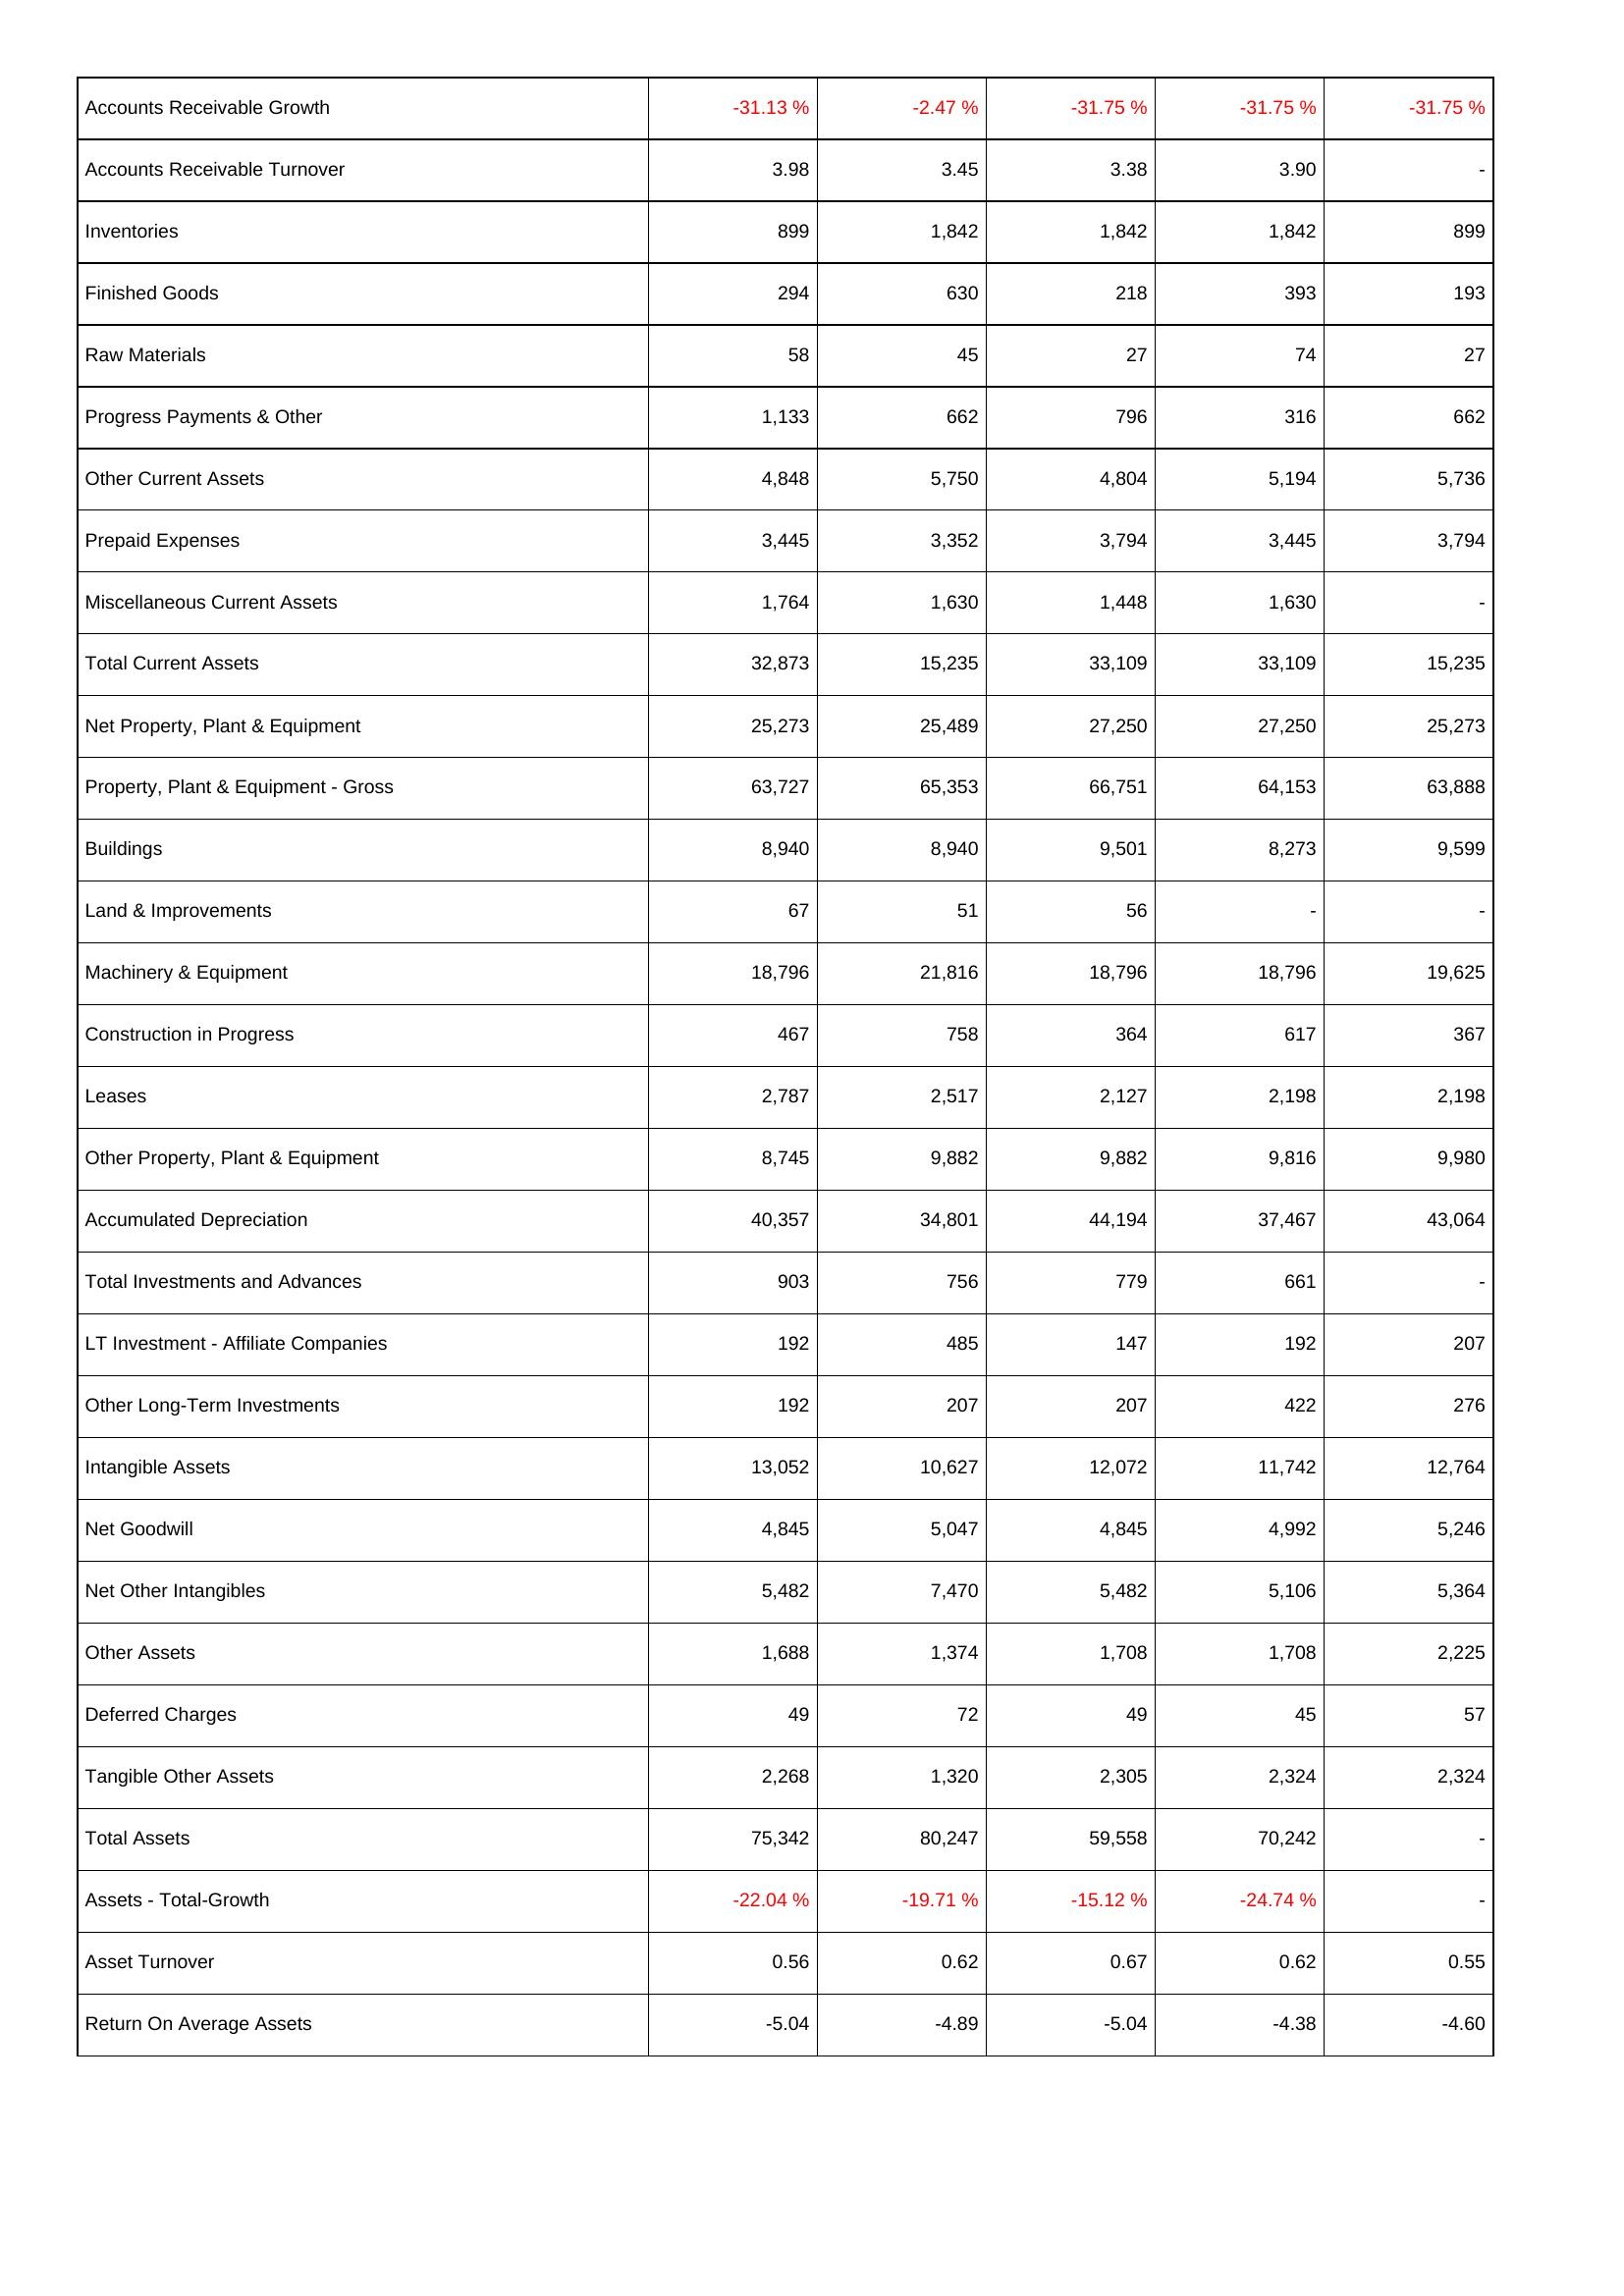
2021: Assets: Accounts Receivable Growth: -31.13 %
Accounts Receivable Turnover: 3.98
Inventories: 899
Finished Goods: 294
Raw Materials: 58
Progress Payments & Other: 1,133
Other Current Assets: 4,848
Prepaid Expenses: 3,445
Miscellaneous Current Assets: 1,764
Total Current Assets: 32,873
Net Property, Plant & Equipment: 25,273
Property, Plant & Equipment - Gross: 63,727
Buildings: 8,940
Land & Improvements: 67
Machinery & Equipment: 18,796
Construction in Progress: 467
Leases: 2,787
Other Property, Plant & Equipment: 8,745
Accumulated Depreciation: 40,357
Total Investments and Advances: 903
LT Investment - Affiliate Companies: 192
Other Long-Term Investments: 192
Intangible Assets: 13,052
Net Goodwill: 4,845
Net Other Intangibles: 5,482
Other Assets: 1,688
Deferred Charges: 49
Tangible Other Assets: 2,268
Total Assets: 75,342
Assets - Total-Growth: -22.04 %
Asset Turnover: 0.56
Return On Average Assets: -5.04
2020: Assets: Accounts Receivable Growth: -2.47 %
Accounts Receivable Turnover: 3.45
Inventories: 1,842
Finished Goods: 630
Raw Materials: 45
Progress Payments & Other: 662
Other Current Assets: 5,750
Prepaid Expenses: 3,352
Miscellaneous Current Assets: 1,630
Total Current Assets: 15,235
Net Property, Plant & Equipment: 25,489
Property, Plant & Equipment - Gross: 65,353
Buildings: 8,940
Land & Improvements: 51
Machinery & Equipment: 21,816
Construction in Progress: 758
Leases: 2,517
Other Property, Plant & Equipment: 9,882
Accumulated Depreciation: 34,801
Total Investments and Advances: 756
LT Investment - Affiliate Companies: 485
Other Long-Term Investments: 207
Intangible Assets: 10,627
Net Goodwill: 5,047
Net Other Intangibles: 7,470
Other Assets: 1,374
Deferred Charges: 72
Tangible Other Assets: 1,320
Total Assets: 80,247
Assets - Total-Growth: -19.71 %
Asset Turnover: 0.62
Return On Average Assets: -4.89
2019: Assets: Accounts Receivable Growth: -31.75 %
Accounts Receivable Turnover: 3.38
Inventories: 1,842
Finished Goods: 218
Raw Materials: 27
Progress Payments & Other: 796
Other Current Assets: 4,804
Prepaid Expenses: 3,794
Miscellaneous Current Assets: 1,448
Total Current Assets: 33,109
Net Property, Plant & Equipment: 27,250
Property, Plant & Equipment - Gross: 66,751
Buildings: 9,501
Land & Improvements: 56
Machinery & Equipment: 18,796
Construction in Progress: 364
Leases: 2,127
Other Property, Plant & Equipment: 9,882
Accumulated Depreciation: 44,194
Total Investments and Advances: 779
LT Investment - Affiliate Companies: 147
Other Long-Term Investments: 207
Intangible Assets: 12,072
Net Goodwill: 4,845
Net Other Intangibles: 5,482
Other Assets: 1,708
Deferred Charges: 49
Tangible Other Assets: 2,305
Total Assets: 59,558
Assets - Total-Growth: -15.12 %
Asset Turnover: 0.67
Return On Average Assets: -5.04
2018: Assets: Accounts Receivable Growth: -31.75 %
Accounts Receivable Turnover: 3.90
Inventories: 1,842
Finished Goods: 393
Raw Materials: 74
Progress Payments & Other: 316
Other Current Assets: 5,194
Prepaid Expenses: 3,445
Miscellaneous Current Assets: 1,630
Total Current Assets: 33,109
Net Property, Plant & Equipment: 27,250
Property, Plant & Equipment - Gross: 64,153
Buildings: 8,273
Land & Improvements: -
Machinery & Equipment: 18,796
Construction in Progress: 617
Leases: 2,198
Other Property, Plant & Equipment: 9,816
Accumulated Depreciation: 37,467
Total Investments and Advances: 661
LT Investment - Affiliate Companies: 192
Other Long-Term Investments: 422
Intangible Assets: 11,742
Net Goodwill: 4,992
Net Other Intangibles: 5,106
Other Assets: 1,708
Deferred Charges: 45
Tangible Other Assets: 2,324
Total Assets: 70,242
Assets - Total-Growth: -24.74 %
Asset Turnover: 0.62
Return On Average Assets: -4.38
2017: Assets: Accounts Receivable Growth: -31.75 %
Accounts Receivable Turnover: -
Inventories: 899
Finished Goods: 193
Raw Materials: 27
Progress Payments & Other: 662
Other Current Assets: 5,736
Prepaid Expenses: 3,794
Miscellaneous Current Assets: -
Total Current Assets: 15,235
Net Property, Plant & Equipment: 25,273
Property, Plant & Equipment - Gross: 63,888
Buildings: 9,599
Land & Improvements: -
Machinery & Equipment: 19,625
Construction in Progress: 367
Leases: 2,198
Other Property, Plant & Equipment: 9,980
Accumulated Depreciation: 43,064
Total Investments and Advances: -
LT Investment - Affiliate Companies: 207
Other Long-Term Investments: 276
Intangible Assets: 12,764
Net Goodwill: 5,246
Net Other Intangibles: 5,364
Other Assets: 2,225
Deferred Charges: 57
Tangible Other Assets: 2,324
Total Assets: -
Assets - Total-Growth: -
Asset Turnover: 0.55
Return On Average Assets: -4.60